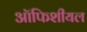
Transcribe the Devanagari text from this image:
ऑफिशीयल